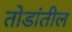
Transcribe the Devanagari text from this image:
तोडांतील